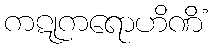
ကဋုကရောဟိဏိံ